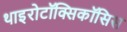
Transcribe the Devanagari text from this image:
थाइरोटॉक्सिकॉसिस